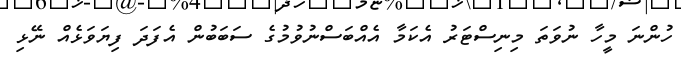
ހުންނަ މީހާ ނުވަތަ މިނިސްޓަރު އެކަމާ އެއްބަސްނުވުމުގެ ސަބަބުން އެފަދަ ފިޔަވަޅެއް ނޭޅި